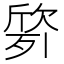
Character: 𭮙